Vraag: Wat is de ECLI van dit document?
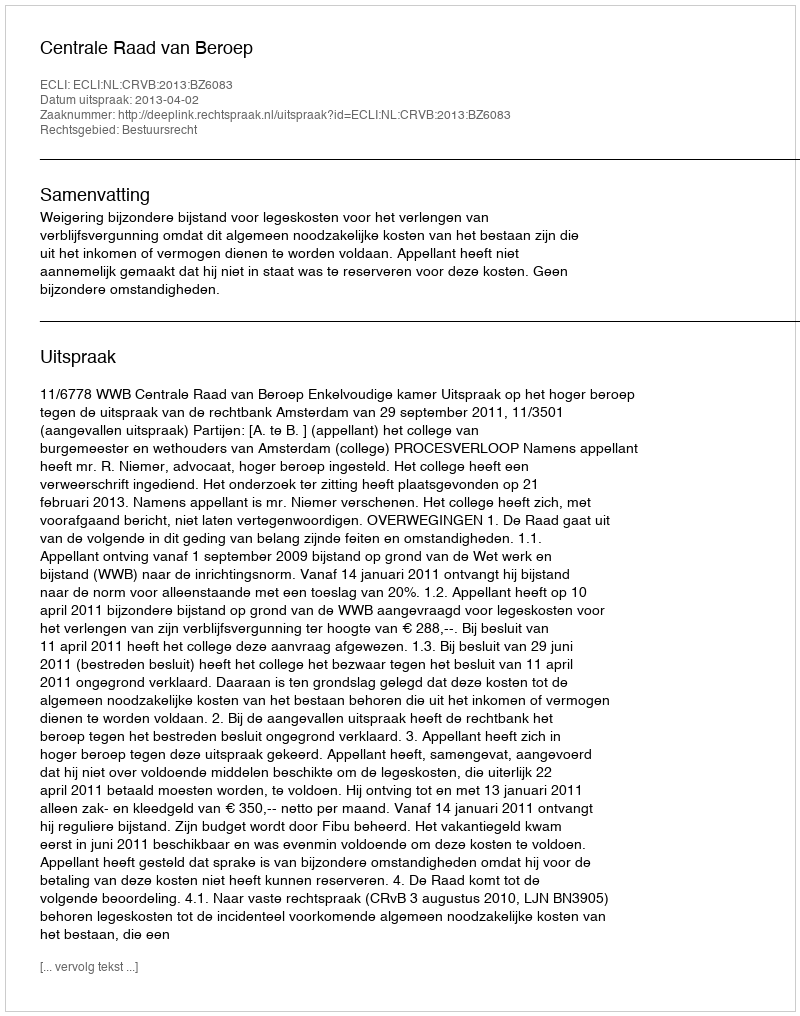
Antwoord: ECLI:NL:CRVB:2013:BZ6083